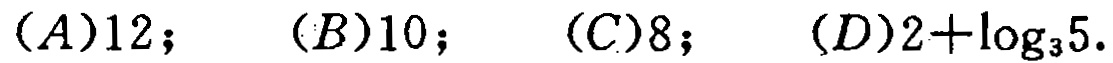
$(A)12；\ (B)10；\ (C)8；\ (D)2+\log_{3}5.$